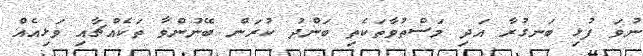
ނުވަ ފުޅި ބަނގުރާ އަދި މަސްތުވާތަކެތި ބަންދު ކުރަން ބޭނުންވާ ތަކެއްޗާއި ވަޅިއެއް